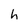
Character: h